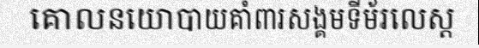
គោលនយោបាយគាំពារសង្គមទីម័រលេស្ត